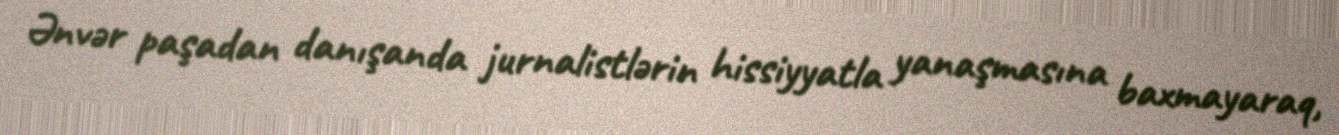
Ənvər paşadan danışanda jurnalistlərin hissiyyatla yanaşmasına baxmayaraq,